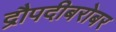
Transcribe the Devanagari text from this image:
द्रौपदीबरोबर